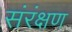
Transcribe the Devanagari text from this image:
संरंक्षण